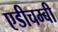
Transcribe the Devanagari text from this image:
एडीचम्बी